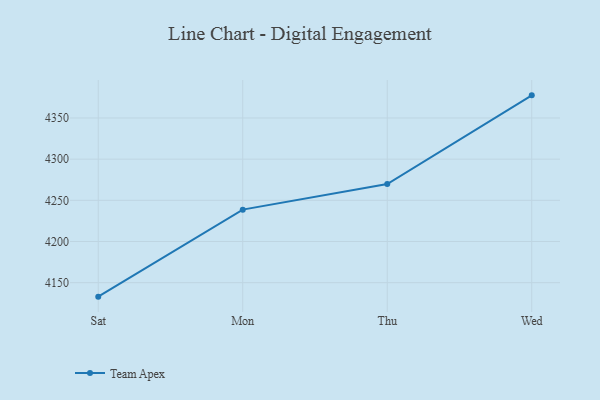
{"axis": {"x": "Day", "y": "Active Users"}, "legend": ["Team Apex"], "data": [{"x": "Sat", "y": 4133.0, "type": "Team Apex"}, {"x": "Mon", "y": 4238.7, "type": "Team Apex"}, {"x": "Thu", "y": 4269.7, "type": "Team Apex"}, {"x": "Wed", "y": 4377.5, "type": "Team Apex"}]}